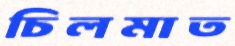
চিলমাত